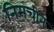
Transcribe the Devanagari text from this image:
निमचीन